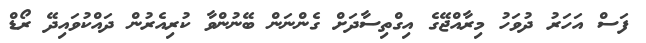
ފަސް އަހަރު ދުވަހު މިރާއްޖޭގެ އިގްތިސާދަށް ގެންނަން ބޭނުންވާ ކުރިއެރުން ދައްކުވައިދޭ ރޯޑް